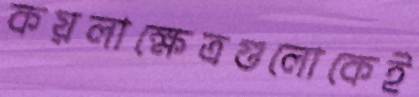
কয়লাক্ষেত্রগুলোকেই